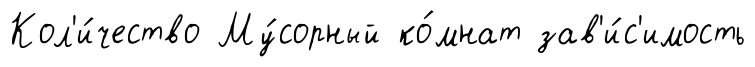
Кол'и́чество Му́сорный ко́мнат зав'и́с'имость